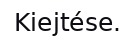
Kiejtése.